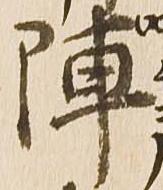
陣